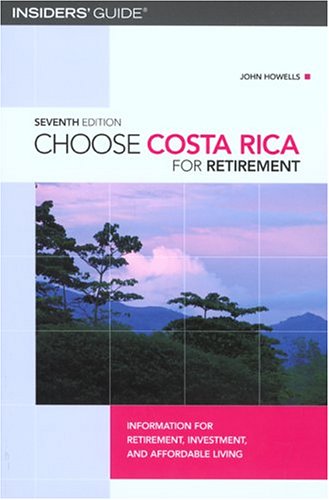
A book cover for Choose Costa Rica for Retirement, 7th: Information for Retirement, Investment, and Affordable Living (Choose Retirement Series); John Howells; Travel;